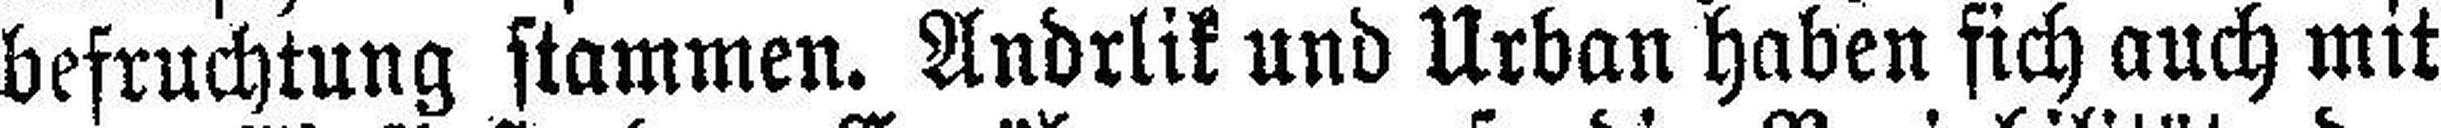
befruchtung stammen. Andrlik und Urban haben sich auch mit